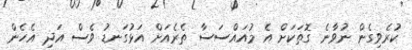
ކުރެވިގެން ނުވާނެ ގޮތަކަށް އެ މުއައްސަސާ ތެރެއަށް އަޅުގަނޑު ވެސް އަދި އެހެން